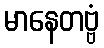
မာနေတဗ္ဗံ